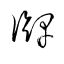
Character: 牌